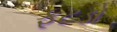
ફૂટડો